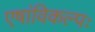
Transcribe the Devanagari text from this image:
एषांविकल्पः